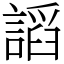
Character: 謟